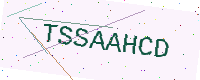
Text: TSSAAHCD